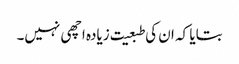
بتایا کہ ان کی طبعیت زیادہ اچھی نہیں۔